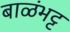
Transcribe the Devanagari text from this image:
बाळंभट्ट